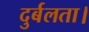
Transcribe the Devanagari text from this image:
दुर्बलता।